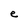
Character: e